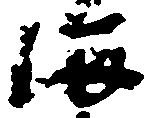
海